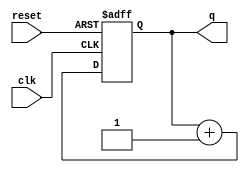
module async_counter #(
    parameter N = 4  // Parameter to define the bit-width of the counter
)(
    input wire clk,         // Clock input
    input wire reset,       // Asynchronous reset input
    output reg [N-1:0] q    // Counter output
);

    // Always block triggered by the clock and reset signals
    always @(posedge clk or posedge reset) begin
        if (reset) begin
            q <= 0;  // Reset the counter to 0
        end else begin
            q <= q + 1;  // Increment the counter
        end
    end

endmodule